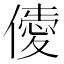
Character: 𠎹